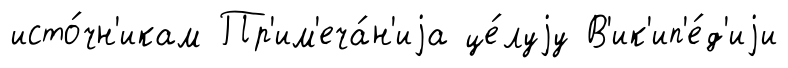
исто́чн'икам Пр'им'еча́н'иjа це́луjу В'ик'ип'е́д'иjи